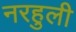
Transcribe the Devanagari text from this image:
नरहुली